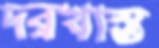
দরখাস্ত